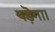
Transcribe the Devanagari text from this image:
पड़ॆगा।